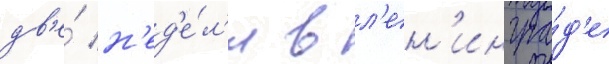
дв'е́ н'ед'е́л'и в л'ен'ингра́д'е